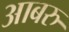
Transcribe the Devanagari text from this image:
आबरु